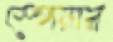
স্পেয়ার